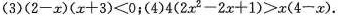
（3）$$（ 2 - x ） （ x + 3 ）< 0$$；（4）$$4 （ 2 x ^ { 2 } - 2 x + 1 ）> x （ 4 - x ）$$.